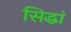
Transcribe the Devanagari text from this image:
सिद्धां